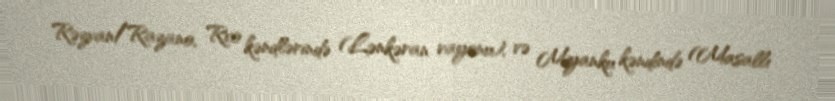
Rəzvan/Razano, Rvo kəndlərində (Lənkəran rayonu), və Miyanku kəndində (Masallı